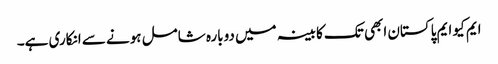
ایم کیو ایم پاکستان ابھی تک کابینہ میں دوبارہ شامل ہونے سے انکاری ہے۔